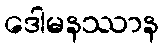
ဒေါမနဿာန